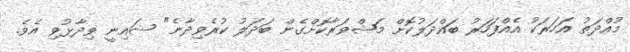
މުއްދަތު އަހަރަކު އެއްފަހަރު ބައްދަލުކޮށް މަޝްވަރާކޮށްގެން ބަދަލު ކުރެވިދާނެ" ޝައިނީ ވިދާޅުވި އެވެ.